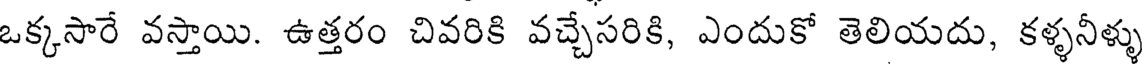
ఒక్కసారే వస్తాయి. ఉత్తరం చివరికి వచ్చేసరికి, ఎందుకో తెలియదు, కళ్ళనీళ్ళు